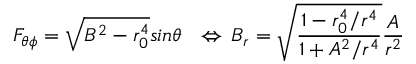
F _ { \theta \phi } = \sqrt { B ^ { 2 } - r _ { 0 } ^ { 4 } } s i n \theta \ \ \Leftrightarrow \, B _ { r } = \sqrt { \frac { 1 - r _ { 0 } ^ { 4 } / r ^ { 4 } } { 1 + A ^ { 2 } / r ^ { 4 } } } \frac { A } { r ^ { 2 } }